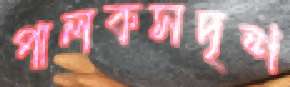
পালকসদৃশ